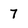
Character: 7